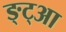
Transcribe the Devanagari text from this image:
ङ्ट्आ